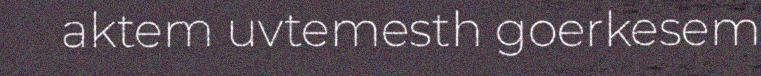
aktem uvtemesth goerkesem